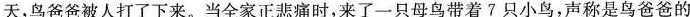
天，鸟爸爸被人打了下来。当全家正悲痛时，来了一只母鸟带着7只小鸟，声称是鸟爸爸的